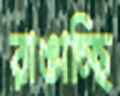
রাঙাচ্ছি